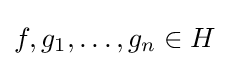
f,g_{1},\ldots ,g_{n}\in H